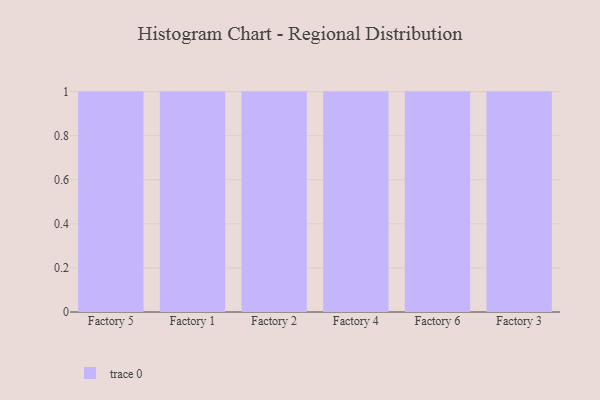
{"axis": {"x": "Factory", "y": "Conversion Rate (%)"}, "legend": [""], "data": [{"x": "Factory 5", "y": 75, "type": ""}, {"x": "Factory 1", "y": 55, "type": ""}, {"x": "Factory 2", "y": 48, "type": ""}, {"x": "Factory 4", "y": 66, "type": ""}, {"x": "Factory 6", "y": 57, "type": ""}, {"x": "Factory 3", "y": 27, "type": ""}]}